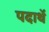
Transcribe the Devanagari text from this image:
पदार्थे